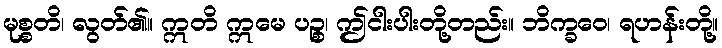
မုစ္စတိ၊ လွတ်၏။ ဣတိ ဣမေ ပဉ္စ၊ ဤငါးပါးတို့တည်း။ ဘိက္ခဝေ၊ ရဟန်းတို့။